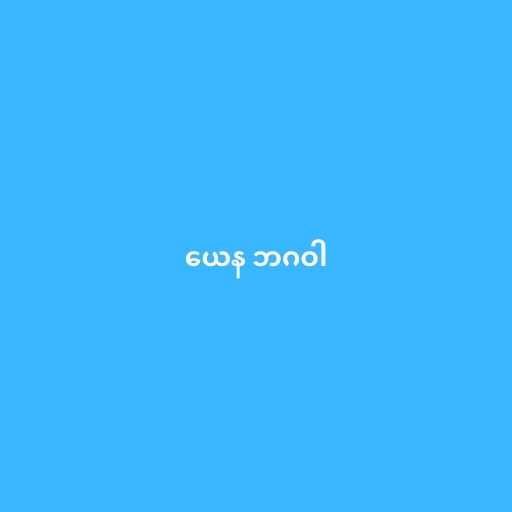
ယေန ဘဂဝါ